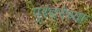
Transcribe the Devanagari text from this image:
पुरंदरेच्या